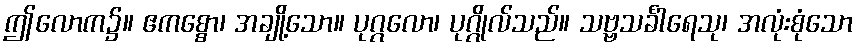
ဤလောက၌။ ဧကစ္စော၊ အချို့သော။ ပုဂ္ဂလော၊ ပုဂ္ဂိုလ်သည်။ သဗ္ဗသင်္ခါရေသု၊ အလုံးစုံသော